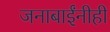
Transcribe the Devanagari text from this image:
जनाबाईंनीही